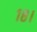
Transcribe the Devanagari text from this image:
१८।